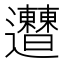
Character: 𨙠